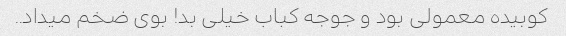
کوبیده معمولی بود و جوجه کباب خیلی بد! بوی ضخم میداد..